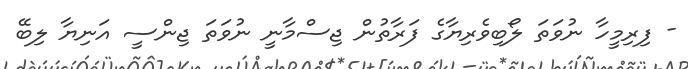
- ފިރިމީހާ ނުވަތަ ލޯބިވެރިޔާގެ ފަރާތުން ޖިސްމާނީ ނުވަތަ ޖިންސީ އަނިޔާ ލިބޭ